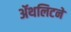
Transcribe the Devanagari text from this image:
ॲथलिटने